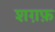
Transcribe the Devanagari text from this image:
शग़फ़